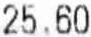
25.60